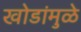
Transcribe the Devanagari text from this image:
खोडांमुळे